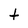
Character: t